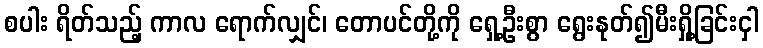
စပါး ရိတ်သည့် ကာလ ရောက်လျှင်၊ တောပင်တို့ကို ရှေ့ဦးစွာ ရွေးနုတ်၍မီးရှို့ခြင်းငှါ